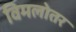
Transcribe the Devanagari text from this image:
विमलोतर